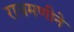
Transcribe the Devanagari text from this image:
रासमणीने